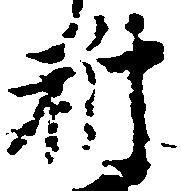
祈